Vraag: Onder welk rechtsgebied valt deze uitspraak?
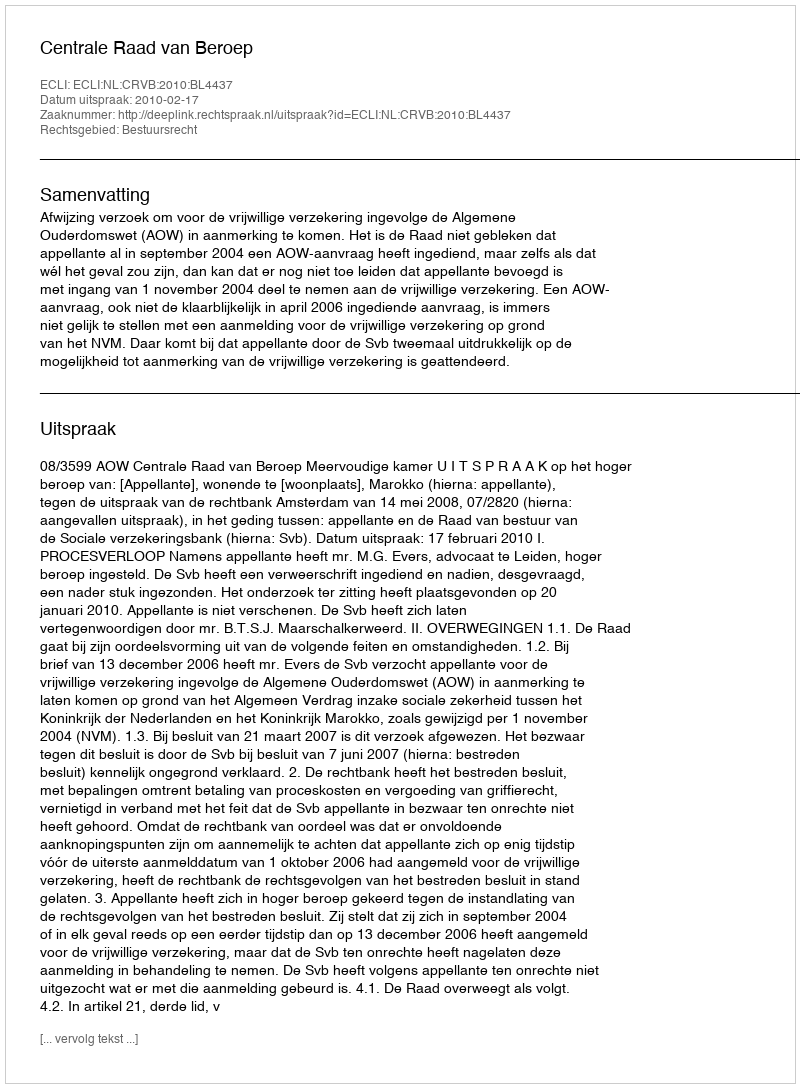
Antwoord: Bestuursrecht